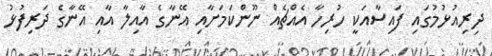
ދިރިއުޅުމުގައި ފައިސާއަކީ ހުރިހާ އެއްޗެއް ނޫންކަމަށާއި އޭނާގެ އާއިލާ އާއި އޭނާގެ ދަރިފުޅު